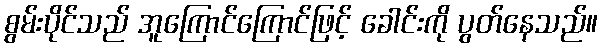
စွမ်းပိုင်သည် အူကြောင်ကြောင်ဖြင့် ခေါင်းကို ပွတ်နေသည်။